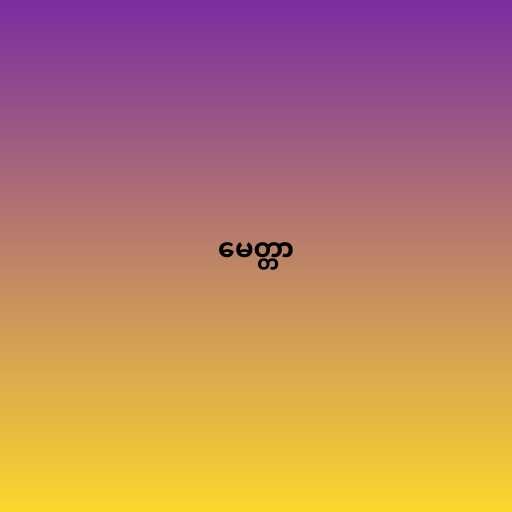
မေတ္တာ